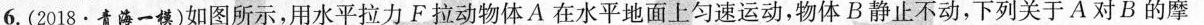
6.(2018·青海一模)如图所示，用水平拉力F拉动物体A在水平地面上匀速运动，物体B静止不动，下列关于A对B的摩